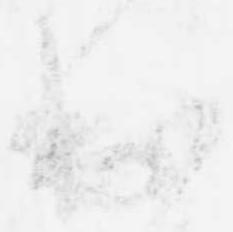
出